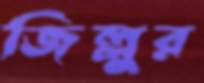
জিল্লুর